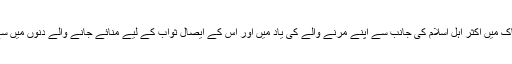
چہلم ہند و پاک میں اکثر اہل اسلام کی جانب سے اپنے مرنے والے کی یاد میں اور اس کے ایصال ثواب کے لیے منائے جانے والے دنوں میں سے ایک ہے۔